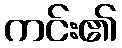
ကင်း၏